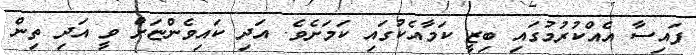
ފައިސާ އެއްކުރުމުގައި ބިޒީ ކަމާއެކުގައި ކަމަށެވެ. އަދި ކައިވެންޏަށް ވީ އަދި ތިން